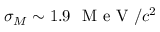
\sigma _ { M } \sim 1 . 9 ~ \mathrm { ~ M ~ e ~ V ~ } / c ^ { 2 }